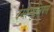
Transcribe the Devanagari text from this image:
देसाग्युलियर्स